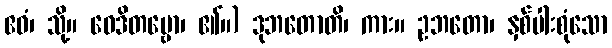
ဧဝံ၊ သို့။ ဝေဒိတဗ္ဗော၊ ၏။) ဒုဘတောတိ၊ ကား။ ဥဘတော၊ နှစ်ပါးစုံသော